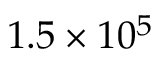
1 . 5 \times 1 0 ^ { 5 }